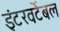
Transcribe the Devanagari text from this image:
इंटरवर्टेबल